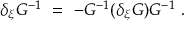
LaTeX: \delta _ { \xi } G ^ { - 1 } \ = \ - G ^ { - 1 } ( \delta _ { \xi } G ) G ^ { - 1 } \ .